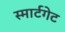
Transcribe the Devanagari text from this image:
स्मार्टगेट